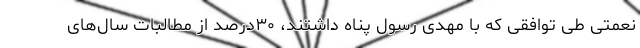
نعمتی طی توافقی که با مهدی رسول پناه داشتند، ٣٠درصد از مطالبات سال‌های